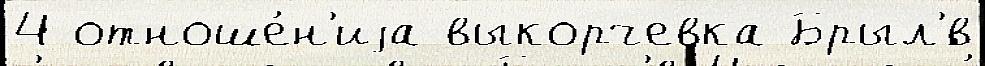
4 отноше́н'иjа выкорчевка Брыл'́в